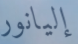
إليانور